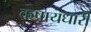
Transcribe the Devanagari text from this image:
कषायधारी